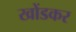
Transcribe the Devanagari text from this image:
खोंडकर